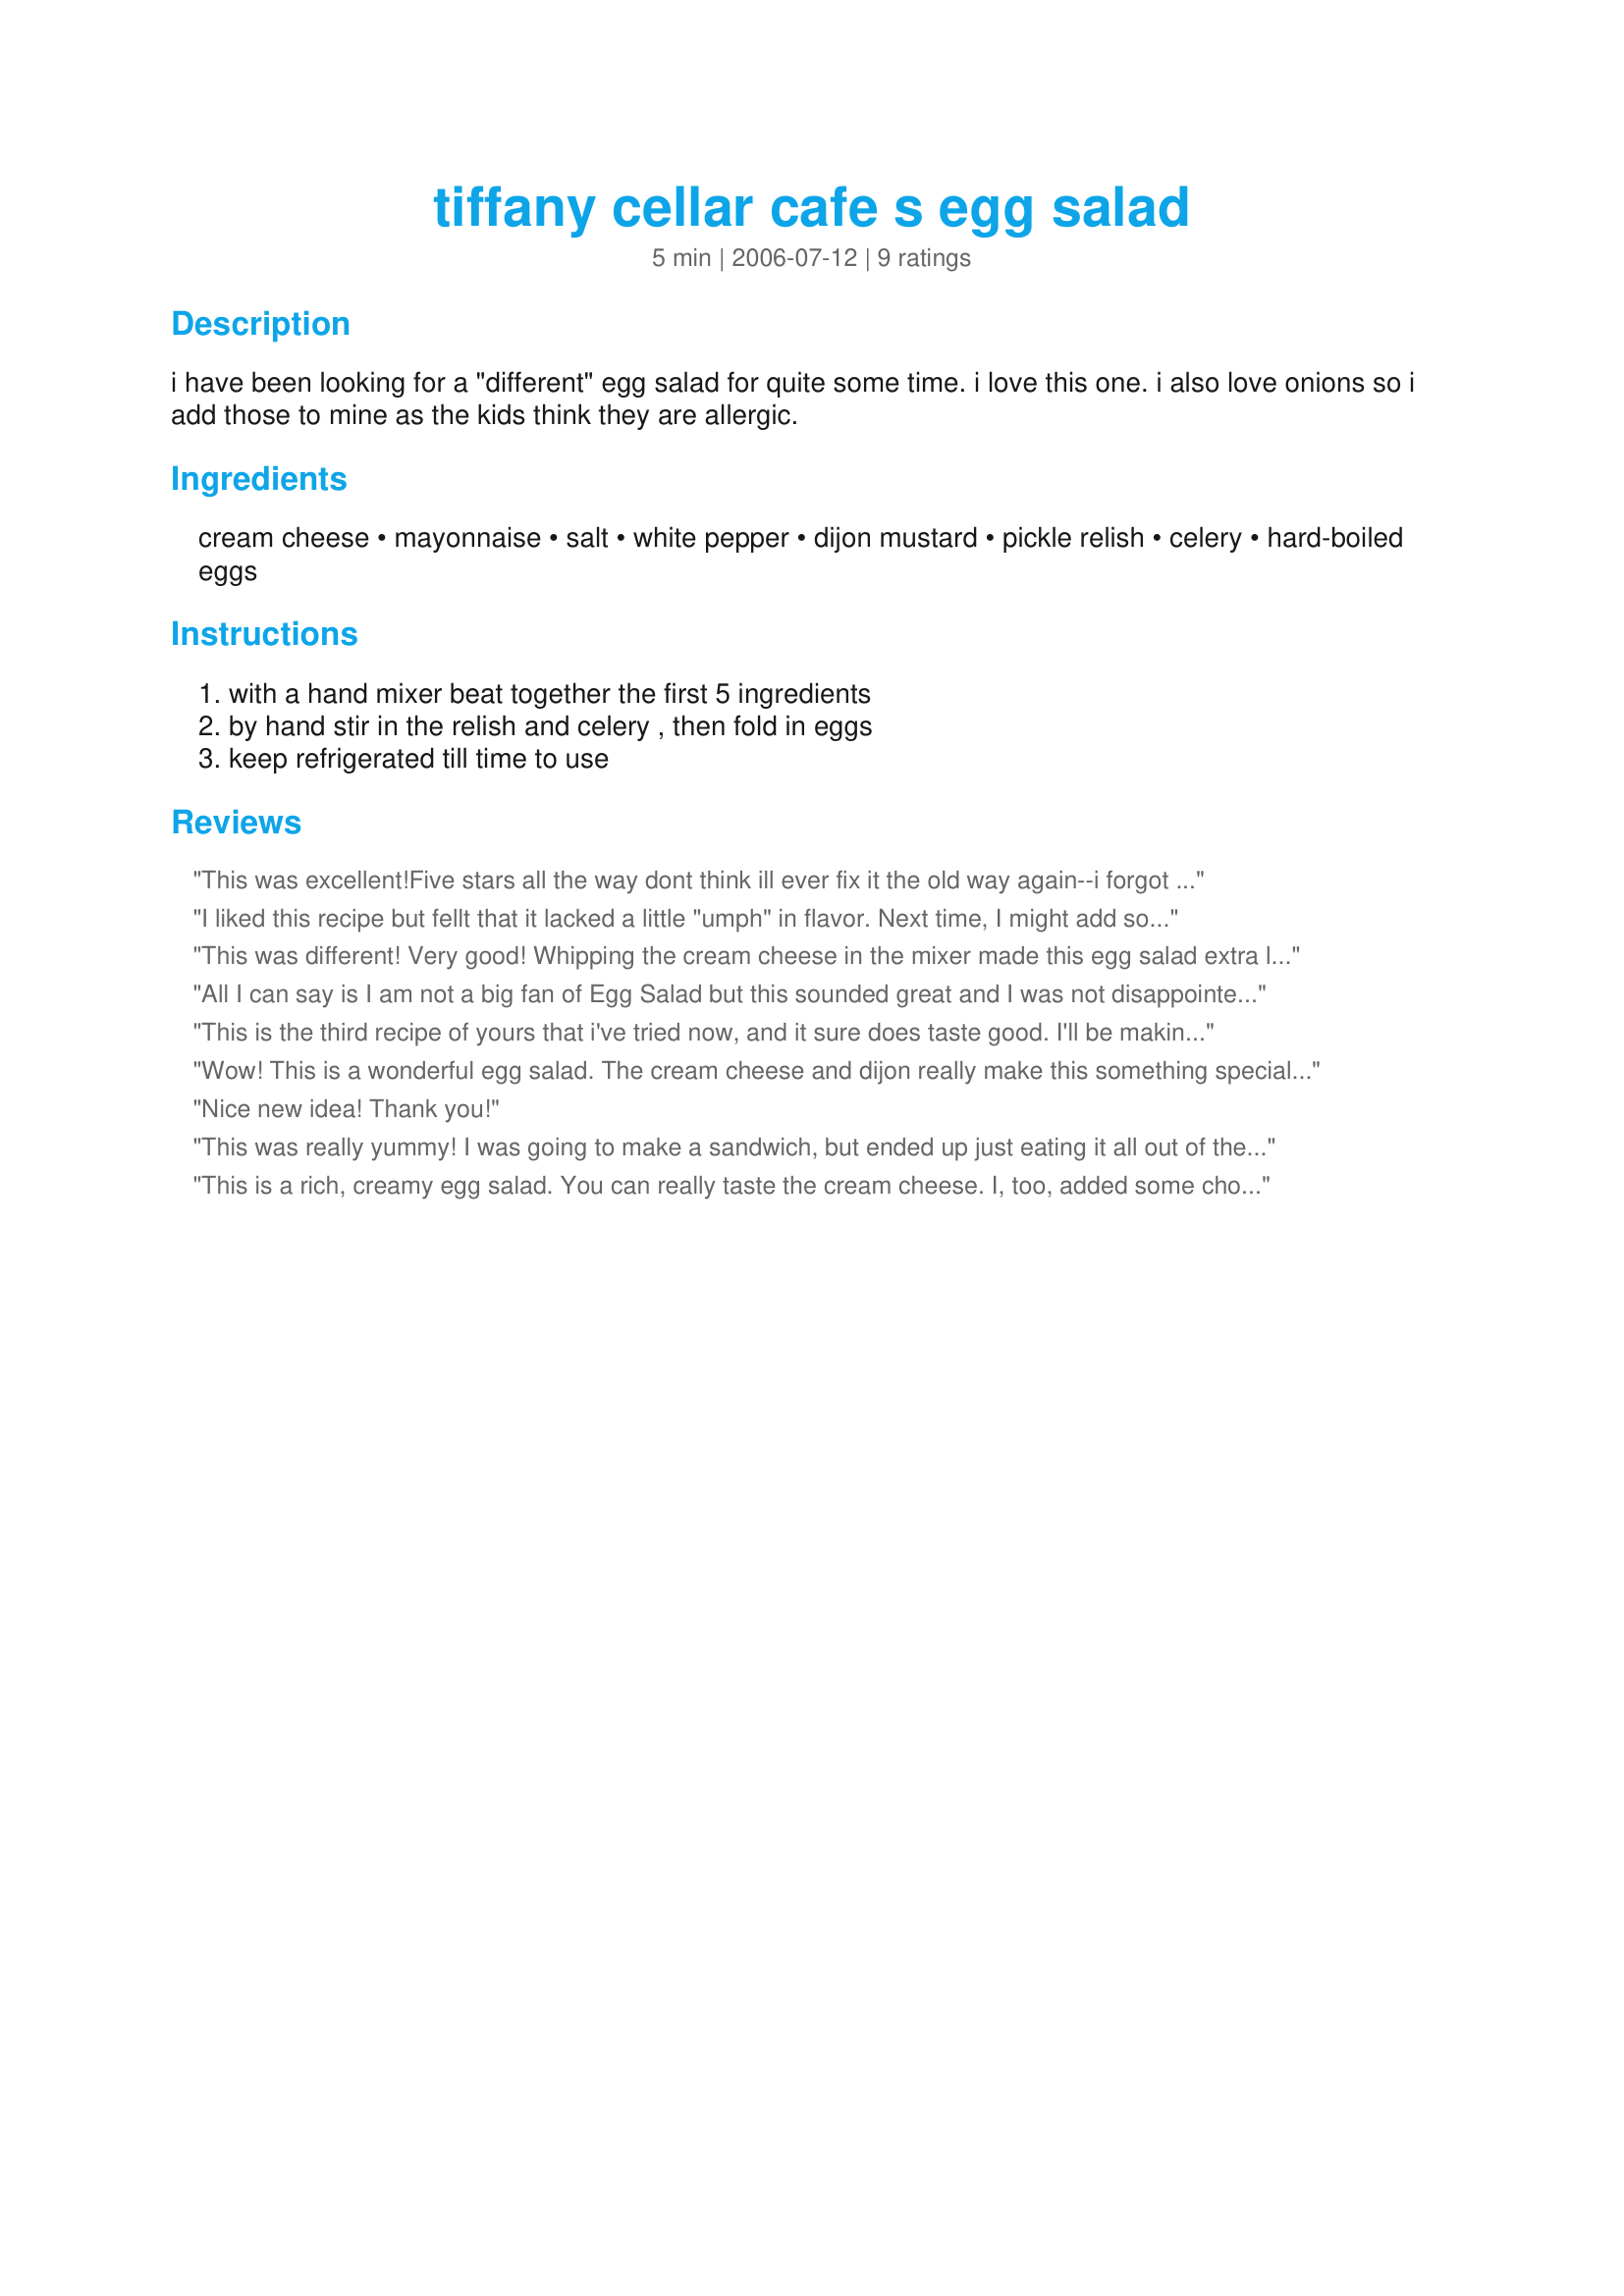
tiffany cellar cafe s egg salad
Preparation time: 5 minutes

i have been looking for a "different" egg salad for quite some time. i love this one. i also love onions so i add those to mine as the kids think they are allergic.

Ingredients:
cream cheese, mayonnaise, salt, white pepper, dijon mustard, pickle relish, celery, hard-boiled eggs

Steps:
with a hand mixer beat together the first 5 ingredients, by hand stir in the relish and celery , then fold in eggs, keep refrigerated till time to use

Reviews:
This was excellent!Five stars all the way dont think ill ever fix it the old way again--i forgot the onions and it didnt matter it was great anyway used mayo and upped the salt and pepper a bit but thats it-great!!thanks!PeggyLynn
I liked this recipe but fellt that it lacked a little "umph" in flavor. Next time, I might add some salt of garlic salt. I made the recipe with the following changes due to what I had on hand and personal preferences: First, i halved the recipe (only cooking for the hubby and I). I used black pepper instead of white (didn't have any on hand). I didn't use celery because I don't like celery in my egg salad. Also, instead of pickle relish, I used finely chopped dill pickle spears. Tip- I grated the hard boiled eggs on the course side of a cheese grater- works great and makes for a more uniform salad. This recipe tasted full, thick and creamy- the addition of the cream cheese added a nice, background flavor. Good recipe (one I'll probably use again), just needed a little more flavor.
This was different! Very good! Whipping the cream cheese in the mixer made this egg salad extra light and creamy. I used light mayo, but I think it would be a hit with Miracle Whip as well. My teenage daughter especially loved this. Thanks homegirl for sharing!
All I can say is I am not a big fan of Egg Salad but this sounded great and I was not disappointed. I can eat it all day long fixed this way. Keeper for sure.
This is the third recipe of yours that i've tried now, and it sure does taste good. I'll be making egg salad this way from now on. So far every recipe i've tried of yours has been a keeper, i will definetly be trying more of your recipes. Thanks homegirl.
Wow! This is a wonderful egg salad. The cream cheese and dijon really make this something special. I have been eating this by the spoonful and can't wait to make it into a sandwich for lunch tomorrow. Thank you for the recipe homegirl.
Nice new idea! Thank you!
This was really yummy! I was going to make a sandwich, but ended up just eating it all out of the dish. Thanks! Made for Zaar Stars.
This is a rich, creamy egg salad. You can really taste the cream cheese. I, too, added some chopped onion. I opted for mayo over MW. Nice change of pace from other egg salads. Thanx for sharing; I'll have this again.
